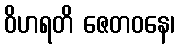
ဝိဟရတိ ဇေတဝနေ၊